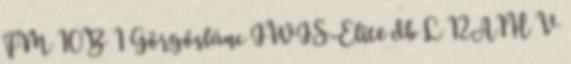
FM 10B 1 Görgőslánc IWIS-Elite db L 12A1H V